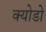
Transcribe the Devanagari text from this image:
क्योडो